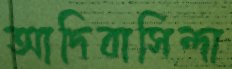
আদিবাসিন্দা